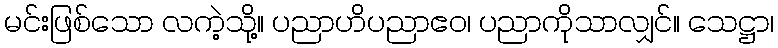
မင်းဖြစ်သော လကဲ့သို့။ ပညာဟိပညာဧဝ၊ ပညာကိုသာလျှင်။ သေဋ္ဌာ၊